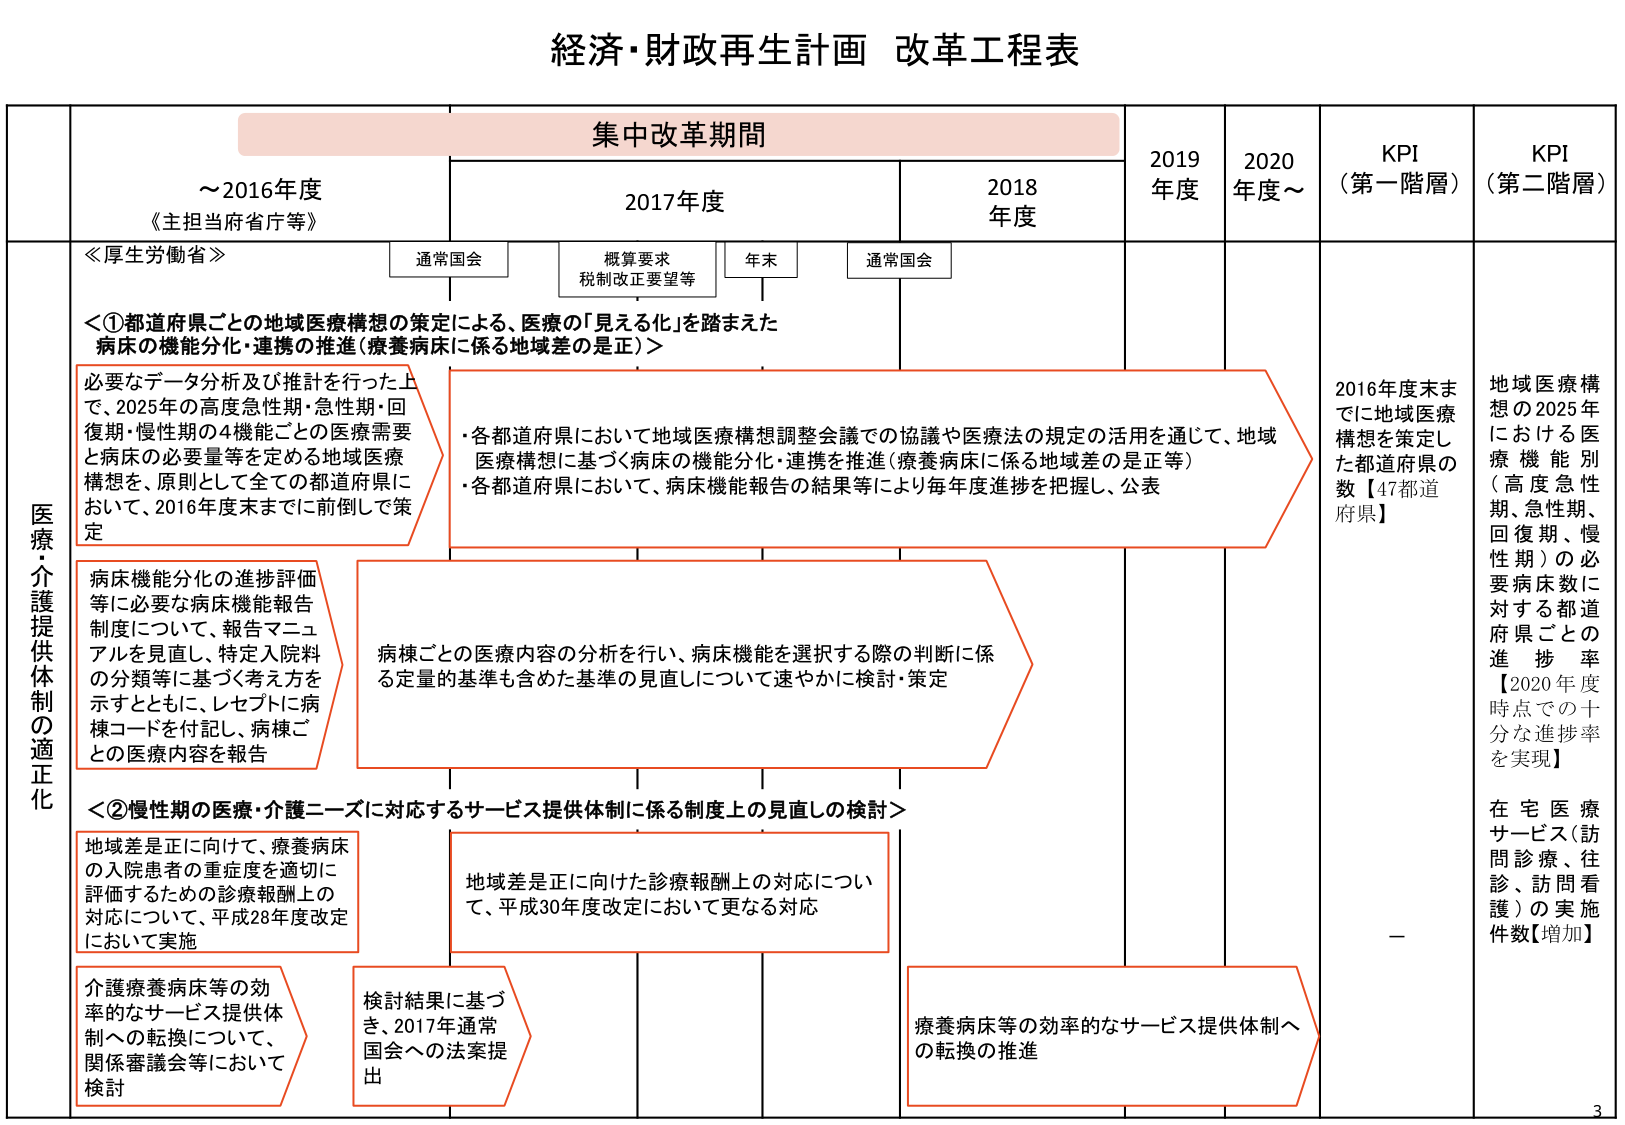
経済・財政再生計画 改革工程表

集中改革期間

～2016年度
《主担当府省庁等》

2017年度
通常国会
概算要求
税制改正要望等
年末
通常国会

2018年度

2019年度
2020年度～

KPI（第一階層）
KPI（第二階層）

医療・介護提供制の適正化

≪厚生労働省≫

＜①都道府県ごとの地域医療構想の策定による、医療の「見える化」を踏まえた病床の機能分化・連携の推進（療養病床に係る地域差の是正）＞

必要なデータ分析及び推計を行った上で、2025年の高度急性期・急性期・回復期・慢性期の4機能ごとの医療需要と病床の必要量等を定める地域医療構想を、原則として全ての都道府県に於いて、2016年度末までに前倒して策定

・各都道府県において地域医療構想調整会議での協議や医療法の規定の活用を通じて、地域医療構想に基づく病床の機能分化・連携を推進（療養病床に係る地域差の是正等）
・各都道府県において、病床機能報告の結果等により毎年度進捗を把握し、公表

病床機能分化の進捗評価等に必要な病床機能報告制度について、報告マニュアルを見直し、特定入院料の分類等に基づく考え方を示すとともに、レセプトに病棟コードを付記し、病棟ごとの医療内容を報告

病棟ごとの医療内容の分析を行い、病床機能を選択する際の判断に係る定量的基準も含めた基準の見直しについて速やかに検討・策定

＜②慢性期の医療・介護ニーズに対応するサービス提供体制に係る制度上の見直しの検討＞

地域差是正に向けて、療養病床の入院患者の重度度を適切に評価するための診療報酬上の対応について、平成28年度改定において実施

地域差是正に向けた診療報酬上の対応について、平成30年度改定において更なる対応

介護療養病床等の効率的なサービス提供体制への転換について、関係審議会等において検討

検討結果に基づき、2017年通常国会への法案提出

療養病床等の効率的なサービス提供体制への転換の推進

2016年度末までに地域医療構想を策定した都道府県の数【47都道府県】

地域医療構想の2025年における医療機能別（高度急性期、急性期、回復期、慢性期）の必要病床数に対する都道府県ごとの進捗率【2020年度時点での十分な進捗率を実現】

在宅医療サービス（訪問診療、往診、訪問看護）の実施件数【増加】

3